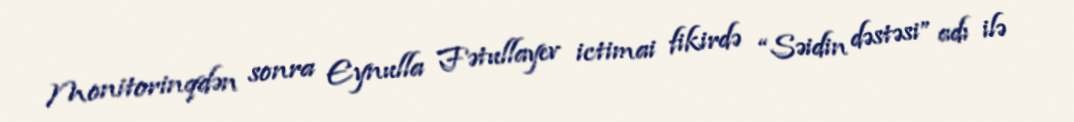
Monitorinqdən sonra Eynulla Fətullayev ictimai fikirdə “Səidin dəstəsi” adı ilə